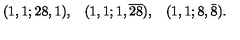
\begin{array} { r r r } { ( 1 , 1 ; 2 8 , 1 ) , } & { ( 1 , 1 ; 1 , \overline { { 2 8 } } ) , } & { ( 1 , 1 ; 8 , \bar { 8 } ) . } \\ \end{array}